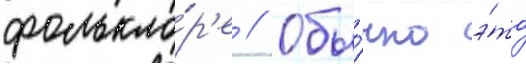
фолькло́р'е // Обы́чно э́то